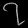
Digit: ၇